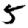
Digit: 5